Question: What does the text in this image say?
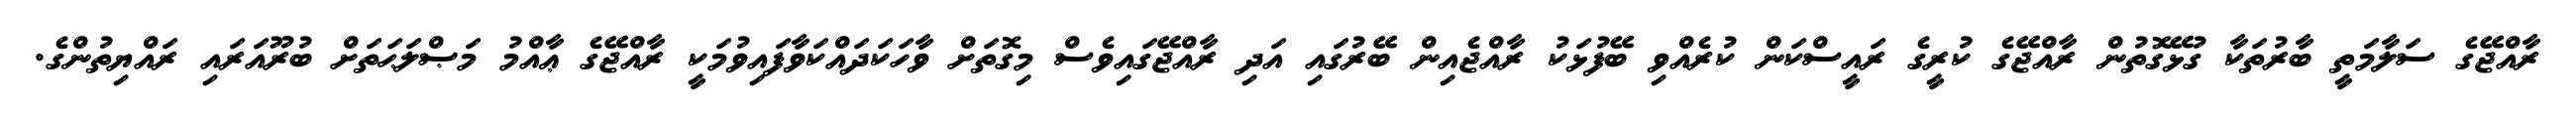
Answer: ރާއްޖޭގެ ސަލާމަތީ ބާރުތަކާ ގުޅޭގޮތުން ރާއްޖޭގެ ކުރީގެ ރައީސްކަން ކުރެއްވި ބޭފުޅަކު ރާއްޖެއިން ބޭރުގައި އަދި ރާއްޖޭގައިވެސް މިގޮތަށް ވާހަކަދައްކަވާފައިވުމަކީ ރާއްޖޭގެ ޢާއްމު މަޞްލަޙަތަށް ބުރޫއަރައި ރައްޔިތުންގެ.